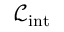
{ \mathcal { L } } _ { \mathrm { i n t } }